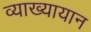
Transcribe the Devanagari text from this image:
व्याख्यायान